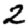
Digit: 2